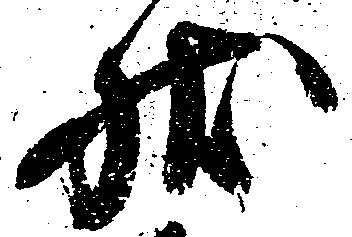
状